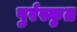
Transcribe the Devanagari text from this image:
पुर्रस्कृत